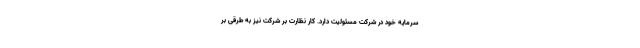
سرمایه خود در شرکت مسئولیت دارد. کار نظارت بر شرکت نیز به طرقی بر